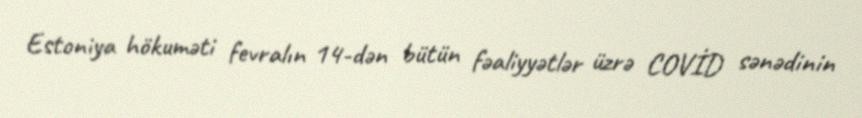
Estoniya hökuməti fevralın 14-dən bütün fəaliyyətlər üzrə COVİD sənədinin